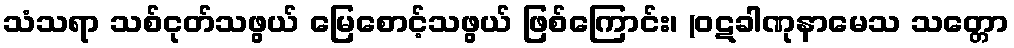
သံသရာ သစ်ငုတ်သဖွယ် မြေစောင့်သဖွယ် ဖြစ်ကြောင်း၊ (ဝဋခါဏုနာမေသ သတ္တော